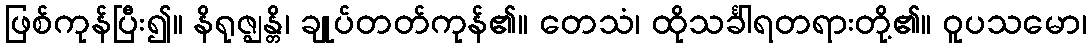
ဖြစ်ကုန်ပြီး၍။ နိရုဇ္ဈန္တိ၊ ချုပ်တတ်ကုန်၏။ တေသံ၊ ထိုသင်္ခါရတရားတို့၏။ ဝူပသမော၊